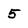
Character: 5